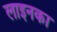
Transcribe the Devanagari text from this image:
लाइनका